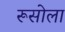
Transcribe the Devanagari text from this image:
रूसोला